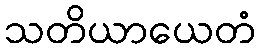
သတိယာယေတံ